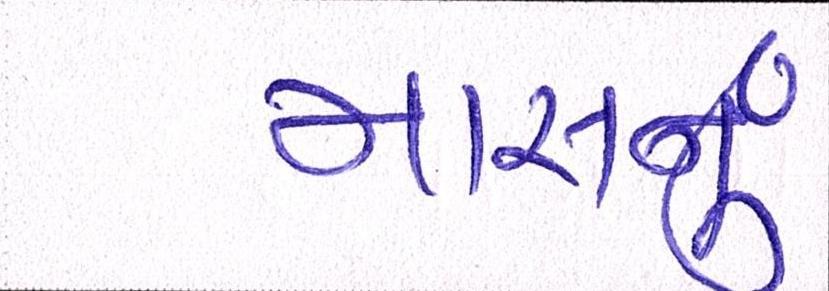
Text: માસનુ